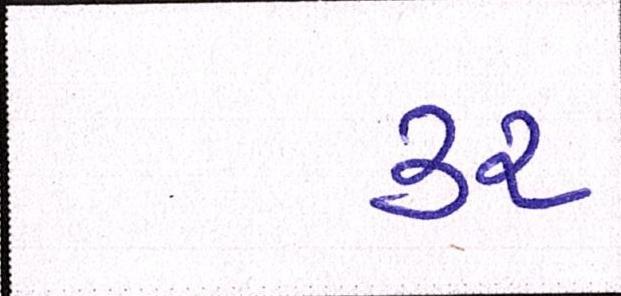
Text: ૩૨